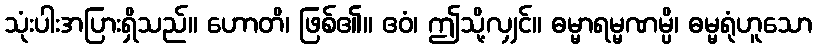
သုံးပါးအပြားရှိသည်။ ဟောတိ၊ ဖြစ်၏။ ဧဝံ၊ ဤသို့လျှင်။ ဓမ္မာရမ္မဏမ္ပိ၊ ဓမ္မရုံဟူသော